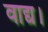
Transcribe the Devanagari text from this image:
वाद्य।